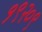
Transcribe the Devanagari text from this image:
१९२०९